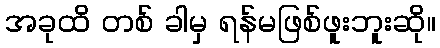
အခုထိ တစ် ခါမှ ရန်မဖြစ်ဖူးဘူးဆို။